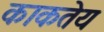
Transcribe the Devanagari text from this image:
काकतेय